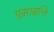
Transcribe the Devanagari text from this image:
पुन्ररावृत्त्ति